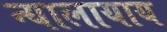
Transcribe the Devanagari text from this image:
न्यालायाय